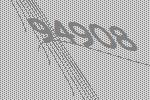
94908